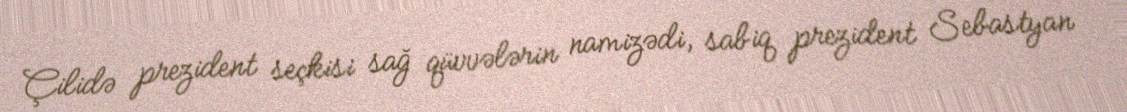
Çilidə prezident seçkisi sağ qüvvələrin namizədi, sabiq prezident Sebastyan